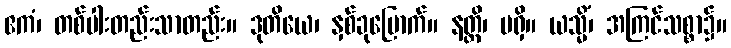
ဧကံ၊ တစ်ပါးတည်းသာတည်း။ ဒုတိယေ၊ နှစ်ခုမြောက်။ နတ္ထိ၊ မရှိ။ ယသ္မိံ၊ အကြင်သစ္စာ၌။